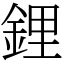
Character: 鋰